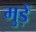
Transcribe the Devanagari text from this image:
मुड़ें